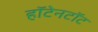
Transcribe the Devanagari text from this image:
हॉटेनटॉट